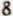
8